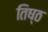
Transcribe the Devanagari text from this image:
तिष्ठ